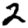
Digit: 2